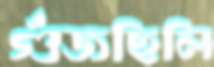
গুঁজছিলি